NAE_ERA_R-2362_Emakeele_Selts, lk 12
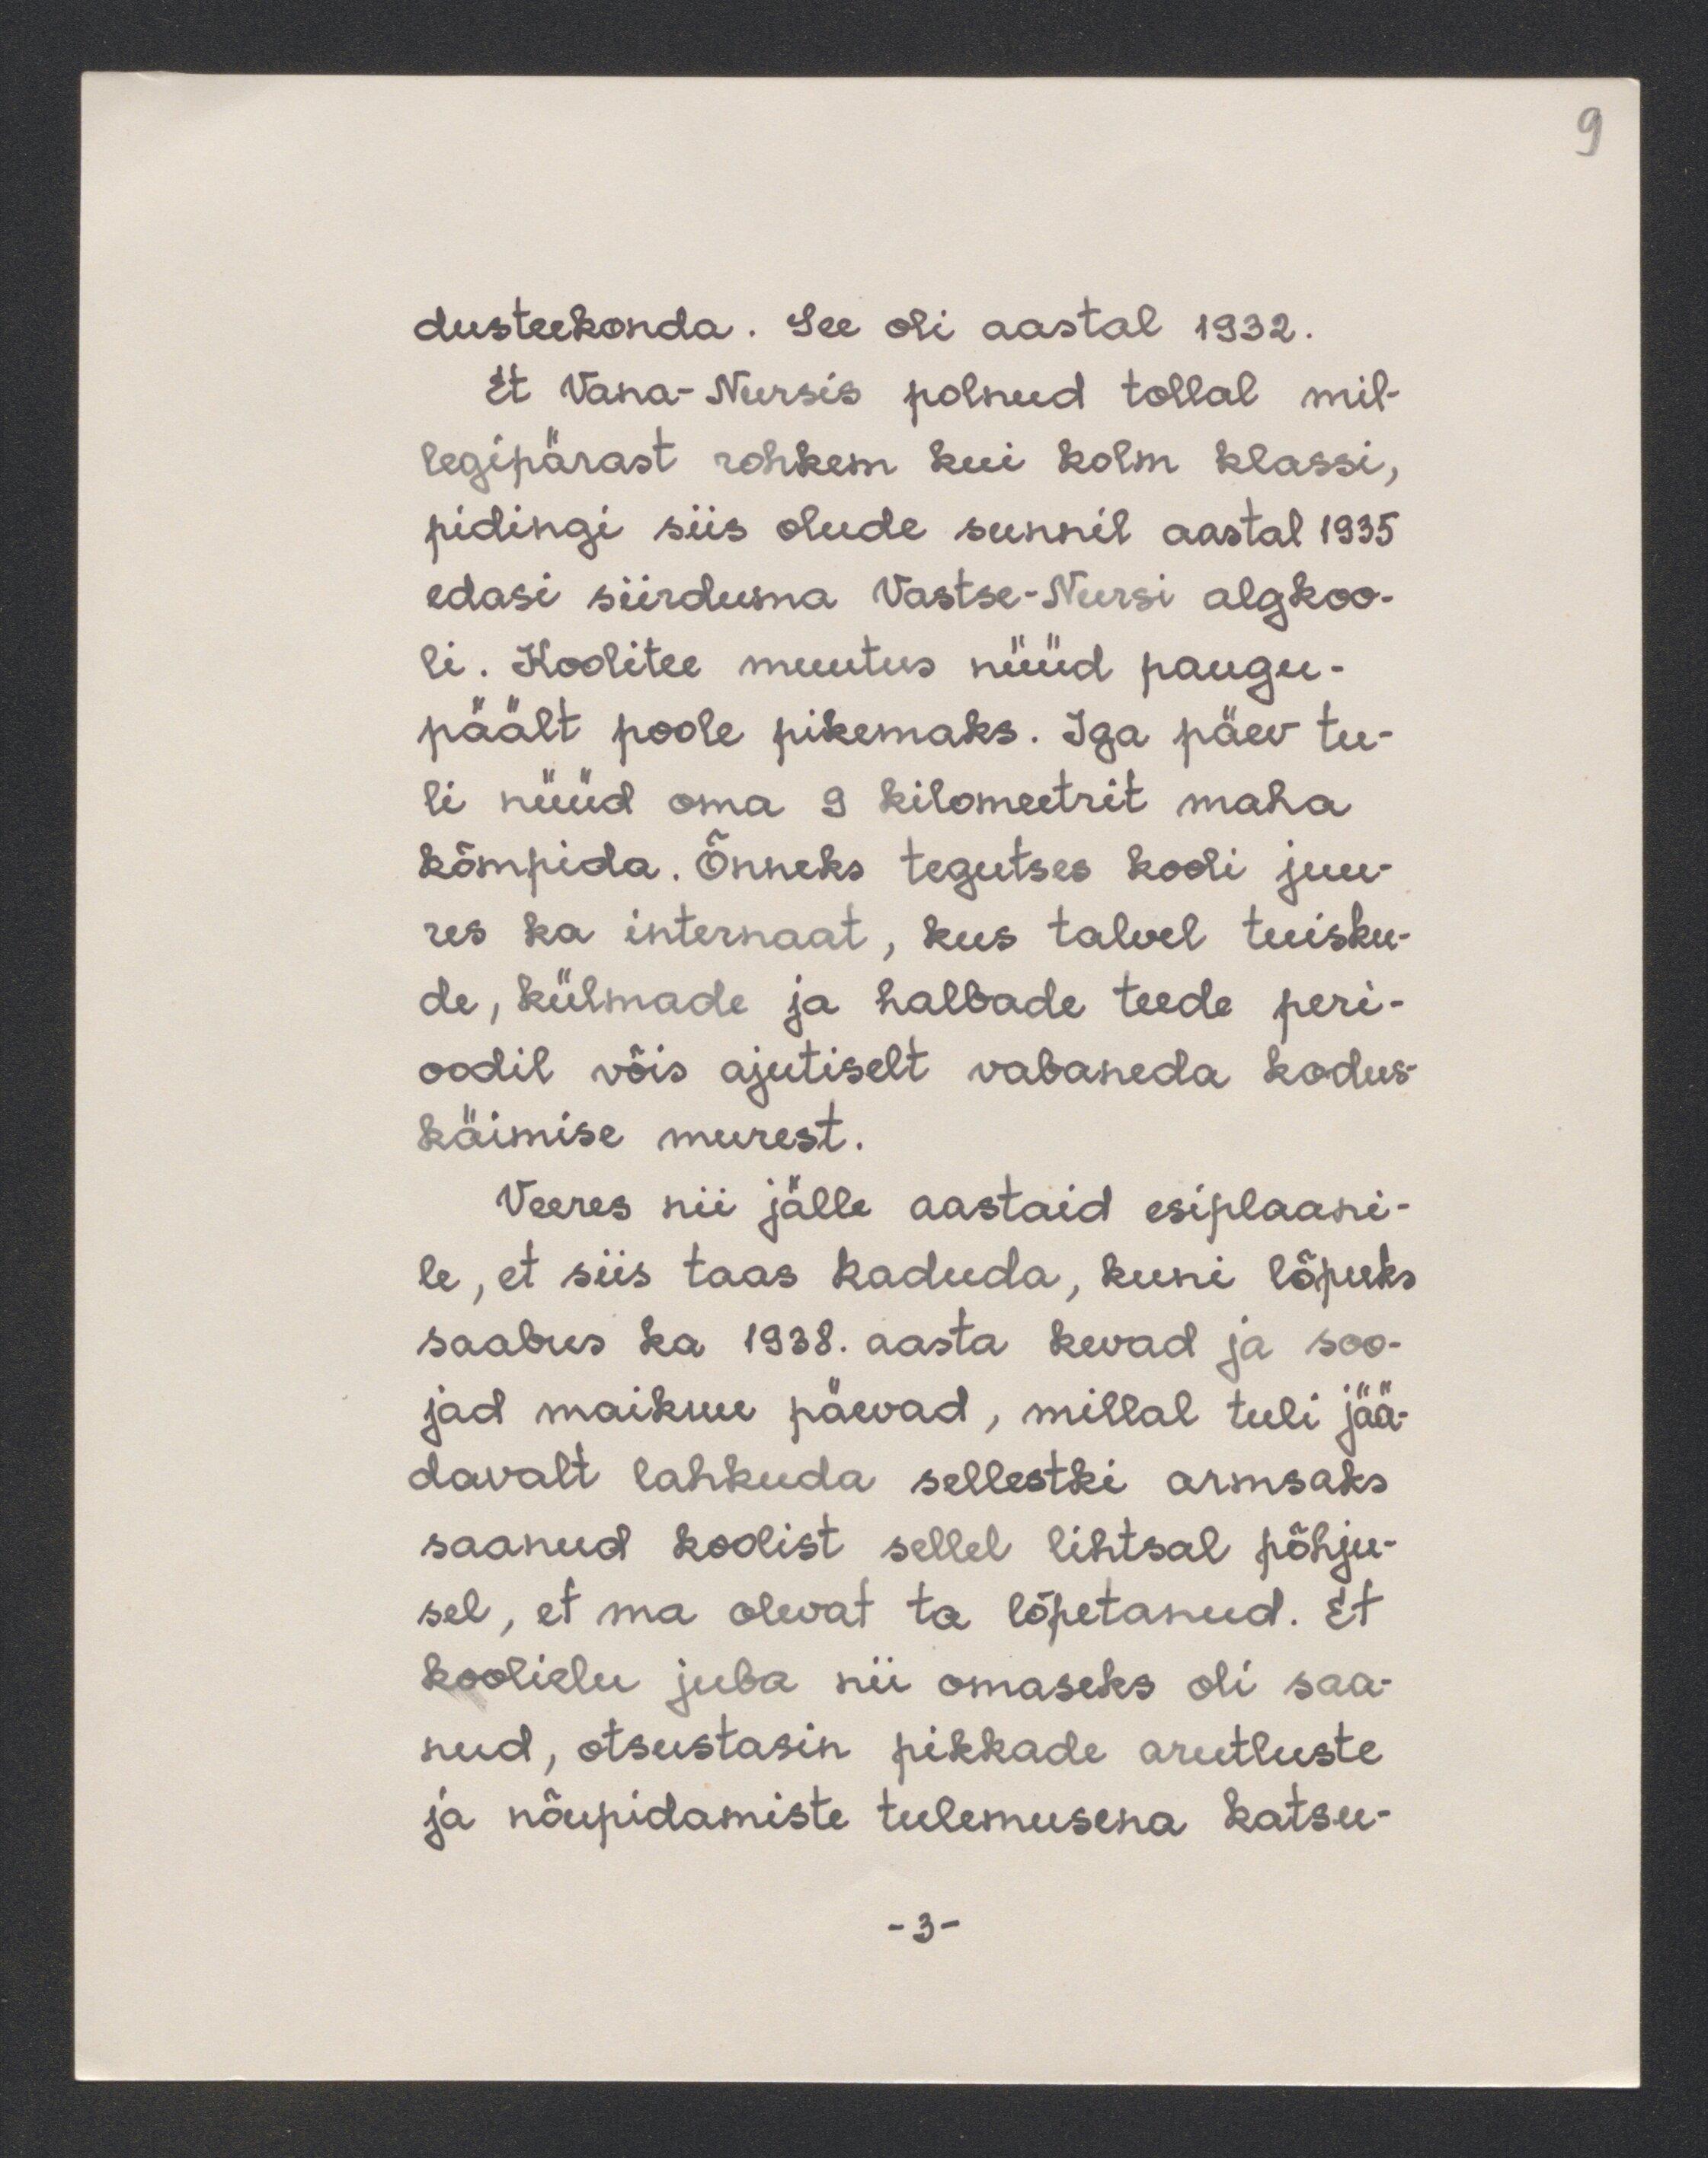
9

dusteekonda. See oli aastal 1932.
Et Vana-Nursis polnud tollal mil-
legipärast rohkem kui kolm klassi,
pidingi siis olude sunnil aastal 1935
edasi siirdusna Vastse-Nursi algkoo-
li. Koolitee muutus nüüd paugu-
päält poole pikemaks. Iga päev tu-
li nüüd oma 9 kilomeetrit maha
kõmpida. Õnneks tegutses kooli juu-
res ka internaat, kus talvel tuisku-
de, külmade ja halbade teede peri-
oodil võis ajutiselt vabaneda kodus-
käimise murest.
Veeres nii jälle aastaid esiplaani-
le, et siis taas kaduda, kuni lõpuks
saabus ka 1938. aasta kevad ja soo-
jad maikuu päevad, millal tuli jää-
davalt lahkuda sellestki armsaks
saanud koolist sellel lihtsal põhju-
sel, et ma olevat ta lõpetanud. Et
koolielu juba nii omaseks oli saa-
nud, otsustasin pikkade arutluste
ja nõupidamiste tulemusena katsu-
- 3 -